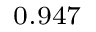
_ { 0 . 9 4 7 }